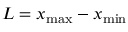
L = x _ { \operatorname* { m a x } } - x _ { \operatorname* { m i n } }